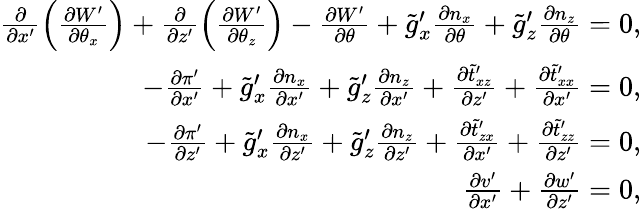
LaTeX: \begin{array}{r}{\frac{\partial}{\partial x^{\prime}}\left(\frac{\partial W^{\prime}}{\partial\theta_{x}}\right)+\frac{\partial}{\partial z^{\prime}}\left(\frac{\partial W^{\prime}}{\partial\theta_{z}}\right)-\frac{\partial W^{\prime}}{\partial\theta}+\tilde{g}_{x}^{\prime}\frac{\partial n_{x}}{\partial\theta}+\tilde{g}_{z}^{\prime}\frac{\partial n_{z}}{\partial\theta}=0,}\\ {-\frac{\partial\pi^{\prime}}{\partial x^{\prime}}+\tilde{g}_{x}^{\prime}\frac{\partial n_{x}}{\partial x^{\prime}}+\tilde{g}_{z}^{\prime}\frac{\partial n_{z}}{\partial x^{\prime}}+\frac{\partial\tilde{t}_{xz}^{\prime}}{\partial z^{\prime}}+\frac{\partial\tilde{t}_{xx}^{\prime}}{\partial x^{\prime}}=0,}\\ {-\frac{\partial\pi^{\prime}}{\partial z^{\prime}}+\tilde{g}_{x}^{\prime}\frac{\partial n_{x}}{\partial z^{\prime}}+\tilde{g}_{z}^{\prime}\frac{\partial n_{z}}{\partial z^{\prime}}+\frac{\partial\tilde{t}_{zx}^{\prime}}{\partial x^{\prime}}+\frac{\partial\tilde{t}_{zz}^{\prime}}{\partial z^{\prime}}=0,}\\ {\frac{\partial v^{\prime}}{\partial x^{\prime}}+\frac{\partial w^{\prime}}{\partial z^{\prime}}=0,}\end{array}